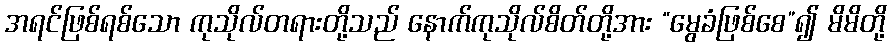
အရင်ဖြစ်ရစ်သော ကုသိုလ်တရားတို့သည် နောက်ကုသိုလ်စိတ်တို့အား “မွေခံဖြစ်စေ”၍ မိမိတို့